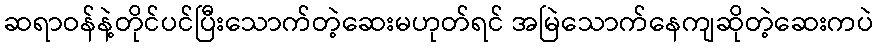
ဆရာဝန်နဲ့တိုင်ပင်ပြီးသောက်တဲ့ဆေးမဟုတ်ရင် အမြဲသောက်နေကျဆိုတဲ့ဆေးကပဲ